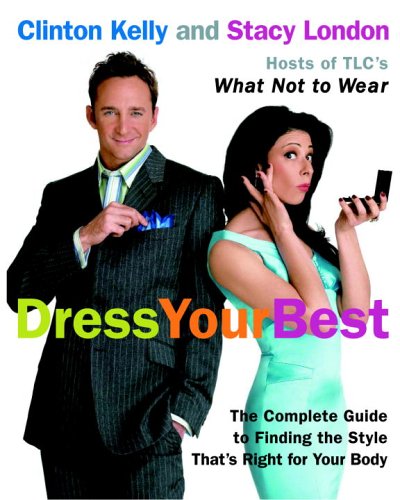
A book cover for Dress Your Best: The Complete Guide to Finding the Style That's Right for Your Body; Clinton Kelly; Health, Fitness & Dieting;